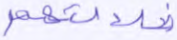
ضلالتهم